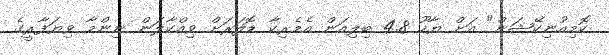
ކޮމިއުނިކޭޝަން" އަށް ޔާހޫ 4.8 ބިލިއަން އެމެރިކާ ޑޮލަރަށް ވިއްކާލަން ނިންމާ ވިޔަފާރީގެ